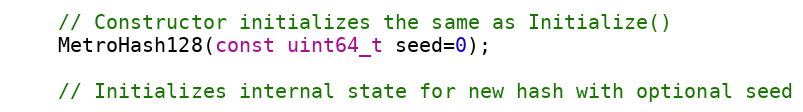
Language: C
    // Constructor initializes the same as Initialize()
    MetroHash128(const uint64_t seed=0);

    // Initializes internal state for new hash with optional seed